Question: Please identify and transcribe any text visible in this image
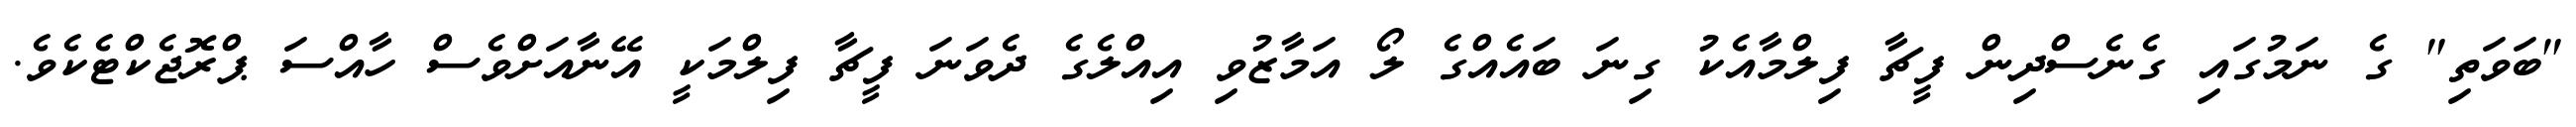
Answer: "ބަވަތި" ގެ ނަމުގައި ގެނެސްދިން ފީޗާ ފިލްމާއެކު ގިނަ ބައެއްގެ ލޯ އަމާޒުވި އިއްލެގެ ދެވަނަ ފީޗާ ފިލްމަކީ އޭނާއަށްވެސް ހާއްސަ ޕްރޮޖެކްޓެކެވެ.